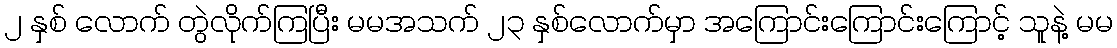
၂ နှစ် လောက် တွဲလိုက်ကြပြီး မမအသက် ၂၃ နှစ်လောက်မှာ အကြောင်းကြောင်းကြောင့် သူနဲ့ မမ